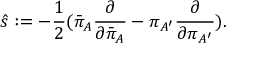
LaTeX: { \hat { s } } : = - { \frac { 1 } { 2 } } ( { \bar { \pi } } _ { A } { \frac { \partial } { \partial { \bar { \pi } } _ { A } } } - \pi _ { A ^ { \prime } } { \frac { \partial } { \partial \pi _ { A ^ { \prime } } } } ) .